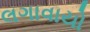
લગાવાયો